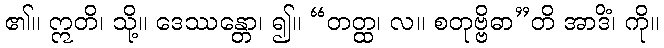
၏။ ဣတိ၊ သို့။ ဒေဿန္တော၊ ၍။ “တတ္ထ၊ လ။ စတုဗ္ဗိဓာ”တိ အာဒိံ၊ ကို။